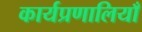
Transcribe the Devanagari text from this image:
कार्यप्रणालियाँ